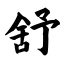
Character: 舒